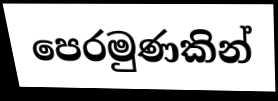
පෙරමුණකින්